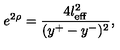
e ^ { 2 \rho } = \frac { 4 l _ { \mathrm { e f f } } ^ { 2 } } { ( y ^ { + } - y ^ { - } ) ^ { 2 } } ,